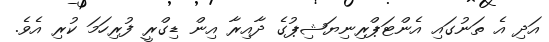
އަދި އެ ތަނުގައި އެންޓަޕްރިނިޔަޝިޕުގެ ދާއިރާ އިން ޑިގްރީ ފުރިހަމަ ކުރި އެވެ.